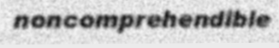
noncomprehendible